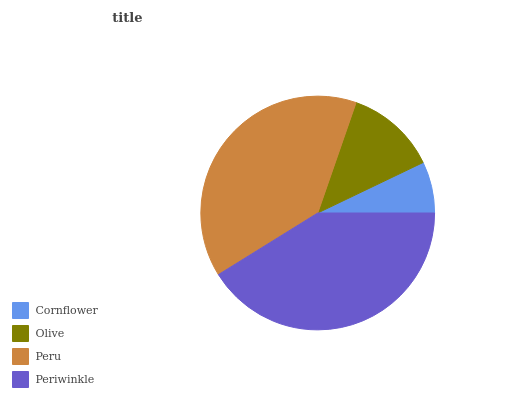
| Cornflower | Olive | Peru | Periwinkle |
 | --- | --- | --- | --- |
 | 7.11% | 12.6% | 39.1% | 41.2% |